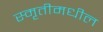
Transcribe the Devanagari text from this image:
स्मृतीमधील